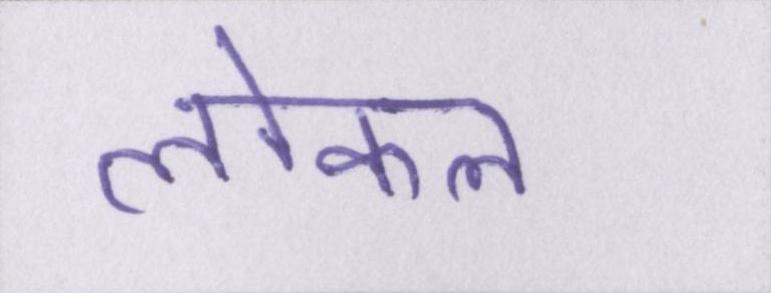
लोकल